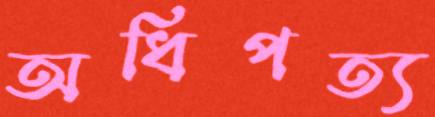
অধিপত্য